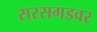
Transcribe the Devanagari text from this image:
सरसगडवर